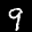
Label: 9